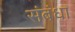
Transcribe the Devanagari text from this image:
संबंधा